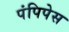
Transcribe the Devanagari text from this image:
पंपिपेस